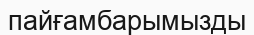
пайғамбарымызды